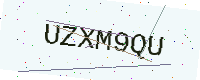
Text: UZXM9QU